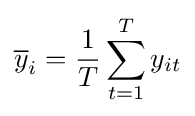
{\overline {y}}_{i}={\frac {1}{T}}\sum \limits _{t=1}^{T}y_{it}